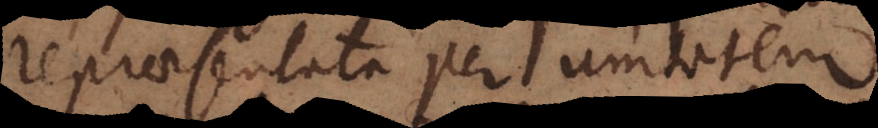
repraesentata per unitatem.